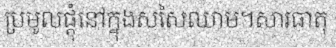
ប្រមូលផ្តុំនៅក្នុងសសៃឈាម។សារធាតុ